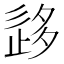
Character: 𡖰